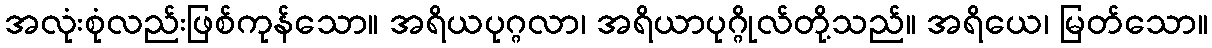
အလုံးစုံလည်းဖြစ်ကုန်သော။ အရိယပုဂ္ဂလာ၊ အရိယာပုဂ္ဂိုလ်တို့သည်။ အရိယေ၊ မြတ်သော။